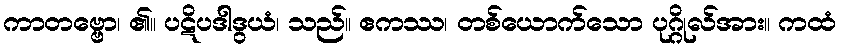
ကာတဗ္ဗော၊ ၏။ ပဋိပဒါဒွယံ၊ သည်။ ဧကဿ၊ တစ်ယောက်သော ပုဂ္ဂိုလ်အား။ ကထံ